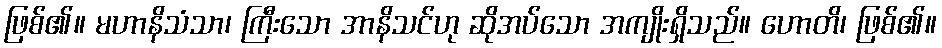
ဖြစ်၏။ မဟာနိသံသာ၊ ကြီးသော အာနိသင်ဟု ဆိုအပ်သော အကျိုးရှိသည်။ ဟောတိ၊ ဖြစ်၏။